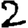
Digit: 2